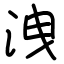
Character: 洩